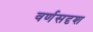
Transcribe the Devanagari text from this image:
वर्णसदृश